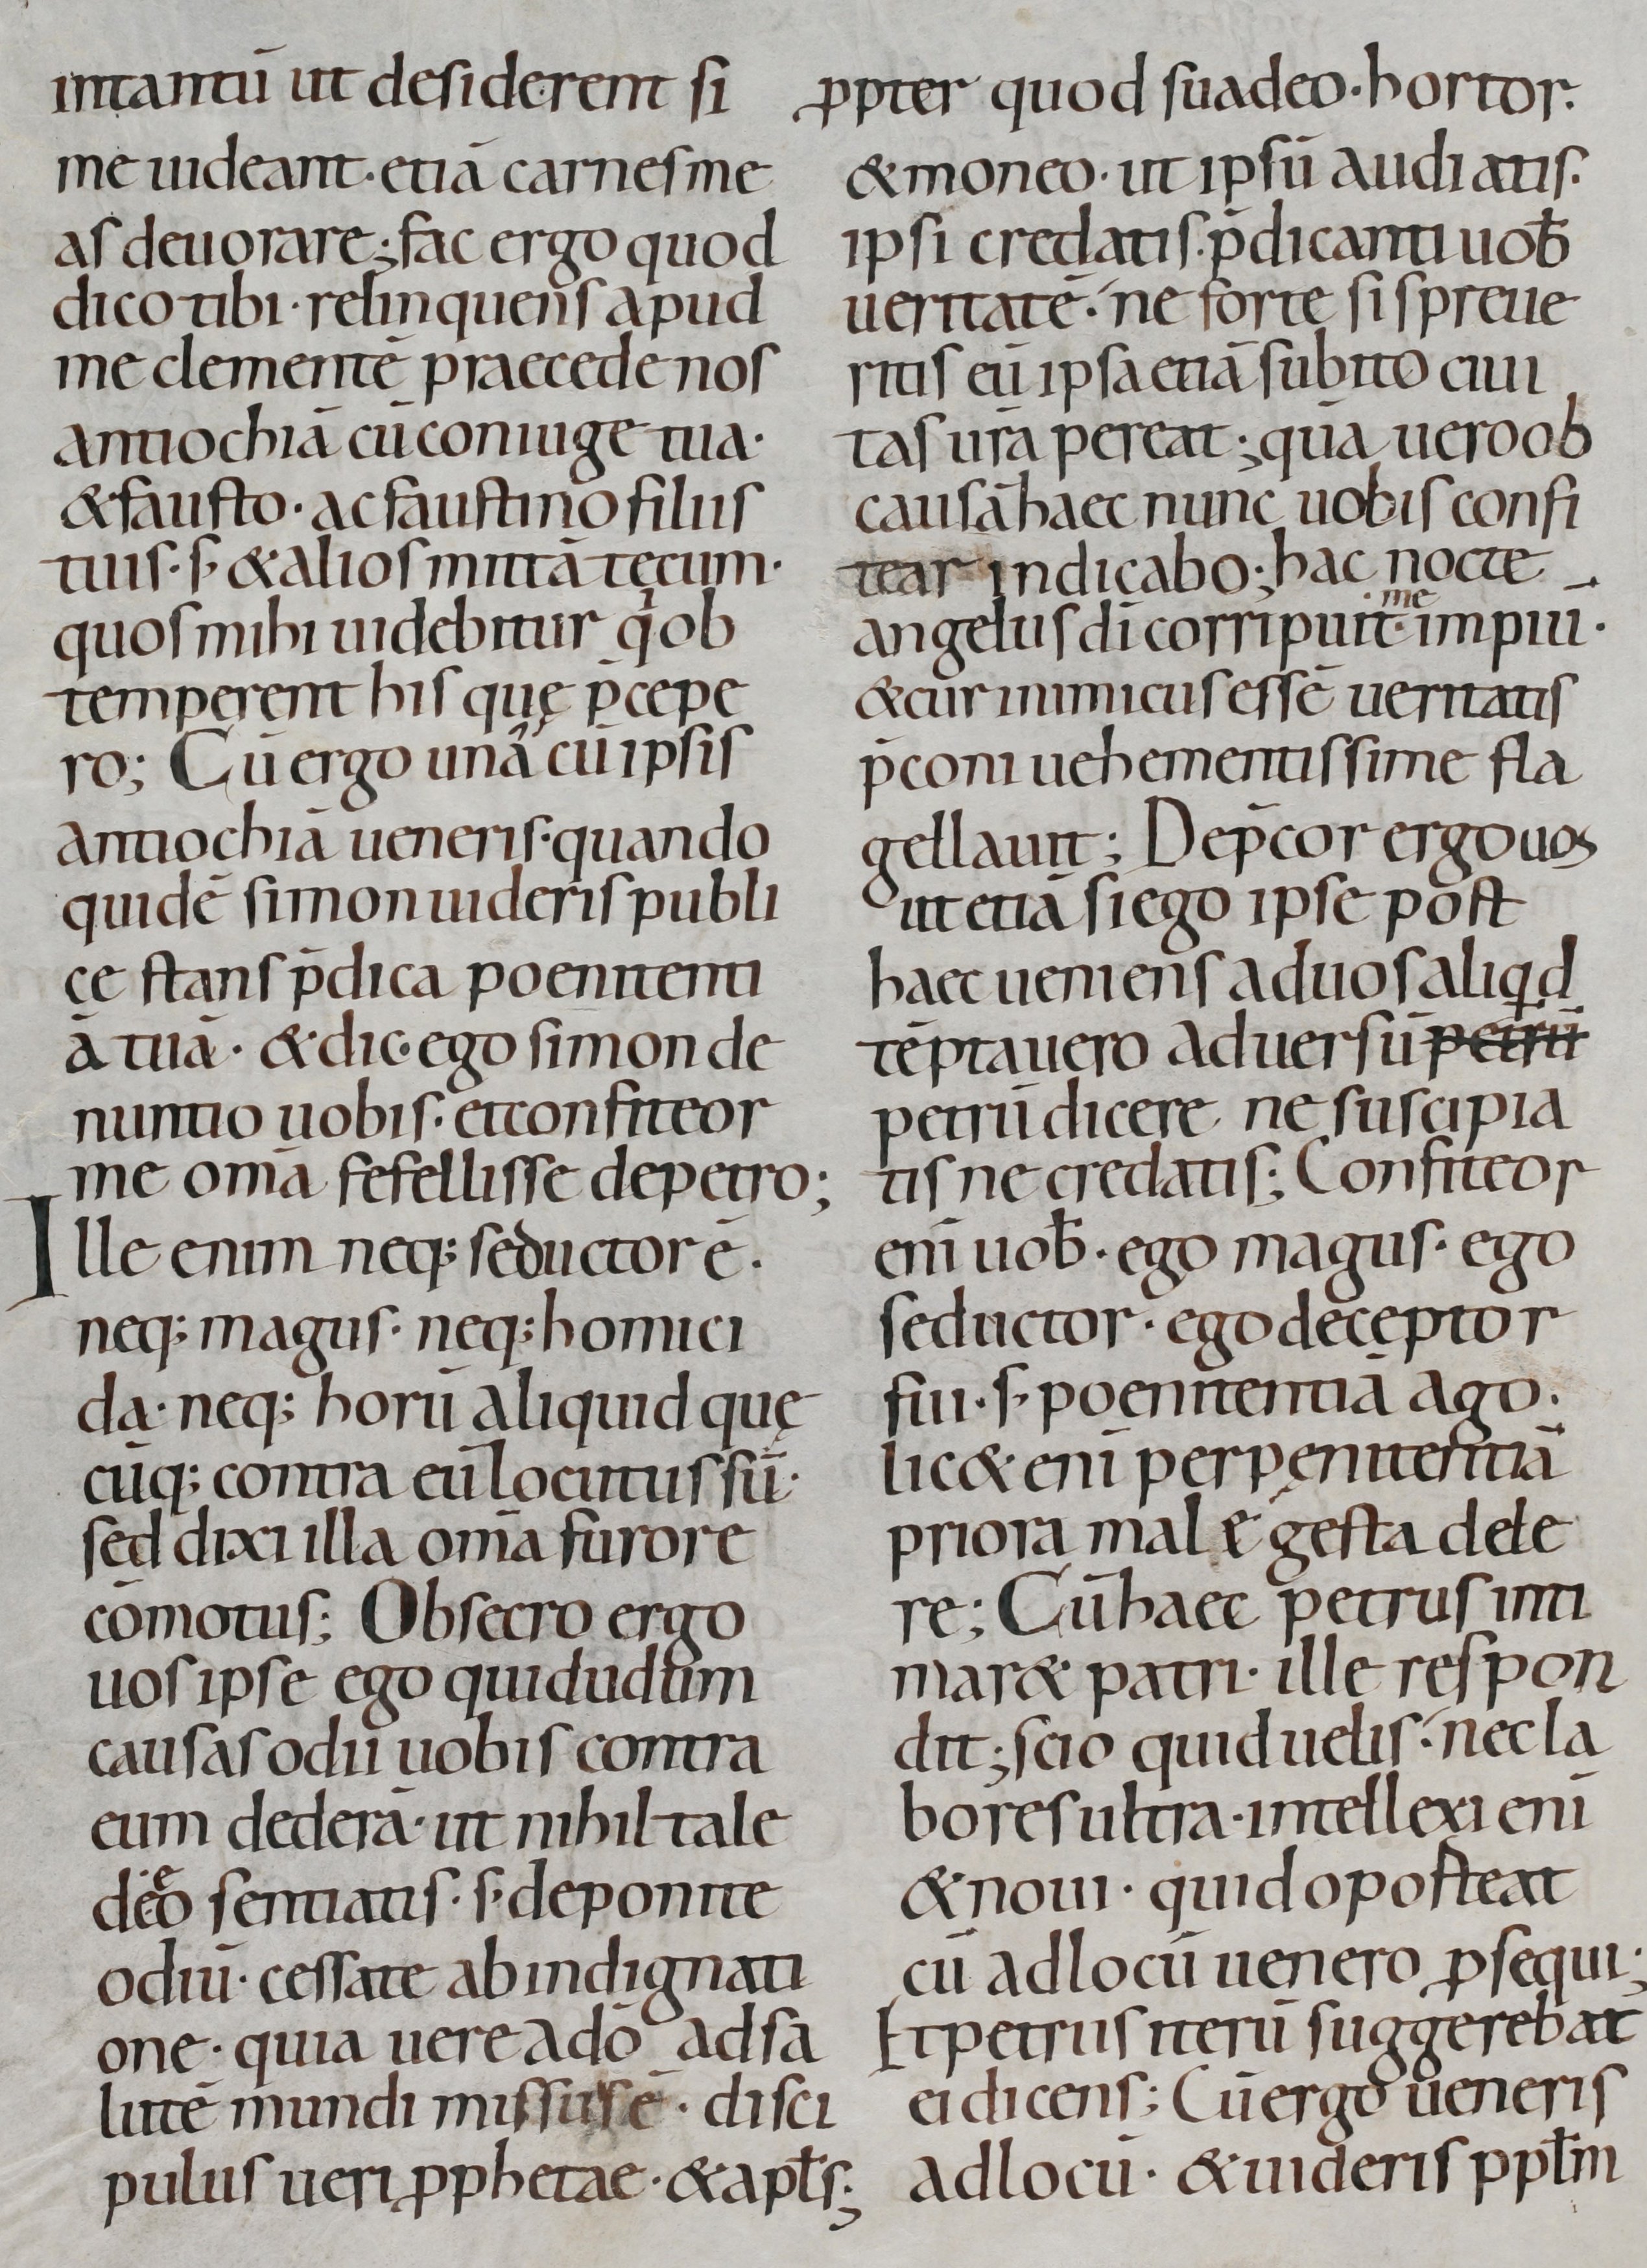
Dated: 800–899